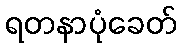
ရတနာပုံခေတ်